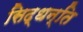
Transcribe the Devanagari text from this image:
सिद्धन्ति